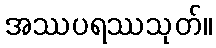
အဿပရဿသုတ်။